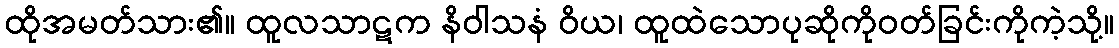
ထိုအမတ်သား၏။ ထူလသာဋက နိဝါသနံ ဝိယ၊ ထူထဲသောပုဆိုကိုဝတ်ခြင်းကိုကဲ့သို့။